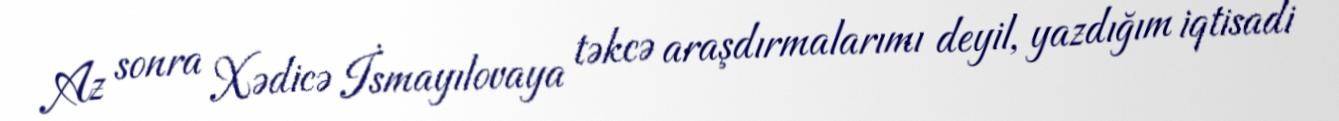
Az sonra Xədicə İsmayılovaya təkcə araşdırmalarımı deyil, yazdığım iqtisadi